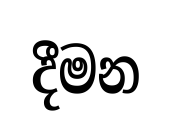
දීමන